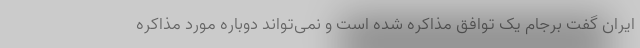
ایران گفت برجام یک توافق مذاکره شده است و نمی‌تواند دوباره مورد مذاکره